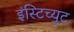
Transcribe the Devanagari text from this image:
इंस्टिच्युट